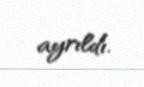
ayrıldı.